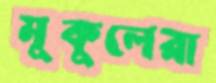
মুকুলেরা